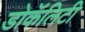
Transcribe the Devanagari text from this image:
डोकॅलिटी